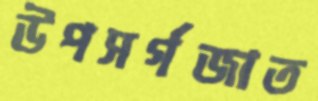
উপসর্গজাত